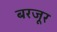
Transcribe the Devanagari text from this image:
बरजूर